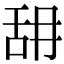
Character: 䑙